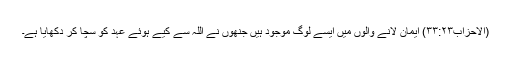
(الاحزاب۳۳:۲۳) ایمان لانے والوں میں ایسے لوگ موجود ہیں جنھوں نے اللہ سے کیے ہوئے عہد کو سچا کر دکھایا ہے۔